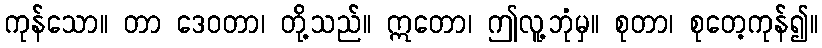
ကုန်သော။ တာ ဒေဝတာ၊ တို့သည်။ ဣတော၊ ဤလူ့ဘုံမှ။ စုတာ၊ စုတေ့ကုန်၍။